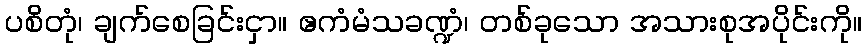
ပစိတုံ၊ ချက်စေခြင်းငှာ။ ဧကံမံသခဏ္ဍံ၊ တစ်ခုသော အသားစုအပိုင်းကို။